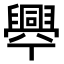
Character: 𦦡